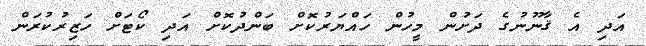
އަދި އެ ޤާނޫނުގެ ދަށުން މީހުން ހައްޔަރުކޮށް ބަންދުކޮށް އަދި ކޯޓަށް ހަޒިރުކުރަން